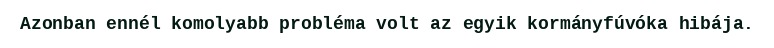
Azonban ennél komolyabb probléma volt az egyik kormányfúvóka hibája.